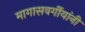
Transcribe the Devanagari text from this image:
मागासवर्गीयांनी